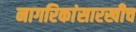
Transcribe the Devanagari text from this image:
नागरिकांसारखीच